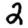
Digit: 2